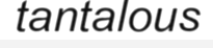
tantalous